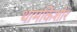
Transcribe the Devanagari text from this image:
थामकिशोर